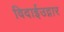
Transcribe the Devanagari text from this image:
विदाईउद्गार